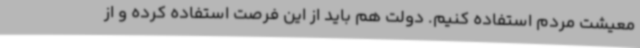
معیشت مردم استفاده کنیم. دولت هم باید از این فرصت استفاده کرده و از